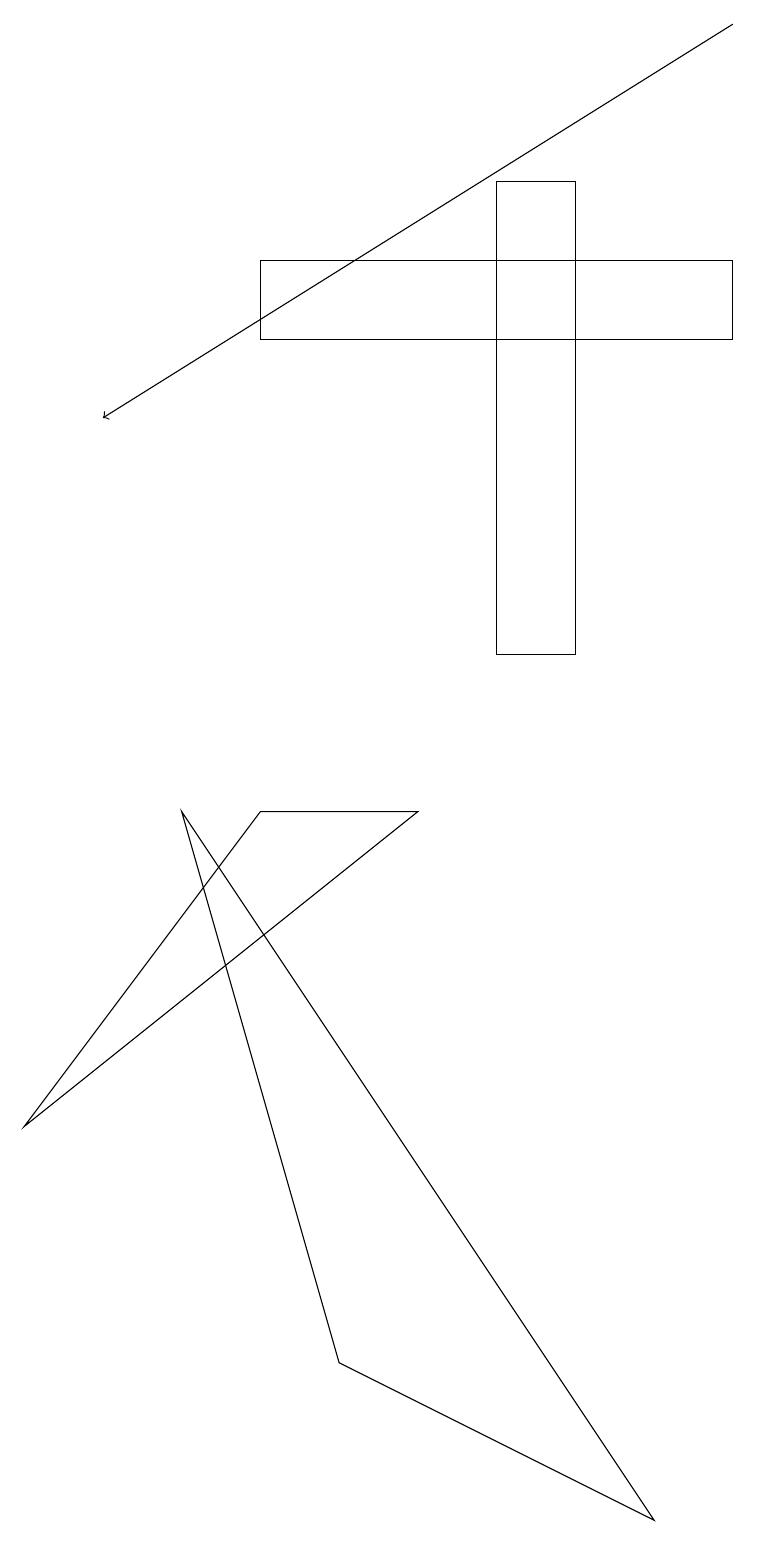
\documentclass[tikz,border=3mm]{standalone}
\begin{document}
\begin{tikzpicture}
\draw (7,11) rectangle (6,17);
\draw (9,16) rectangle (3,15);
\draw (5,9) -- (3,9) -- (0,5) -- cycle;
\draw[->] (9,19) -- (1,14);
\draw (4,2) -- (8,0) -- (2,9) -- cycle;
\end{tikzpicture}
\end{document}